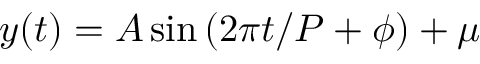
y ( t ) = A \sin { \left( 2 \pi t / P + \phi \right) } + \mu